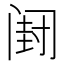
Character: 𲉂